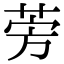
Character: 𫟐